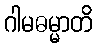
ဂါမဓမ္မာတိ